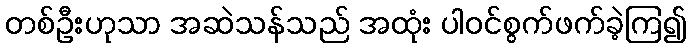
တစ်ဦးဟုသာ အဆဲသန်သည် အထုံး ပါဝင်စွက်ဖက်ခဲ့ကြ၍